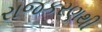
રાજકરણથી